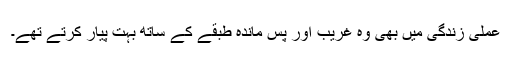
عملی زندگی میں بھی وہ غریب اور پس ماندہ طبقے کے ساتھ بہت پیار کرتے تھے۔